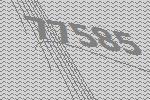
77585